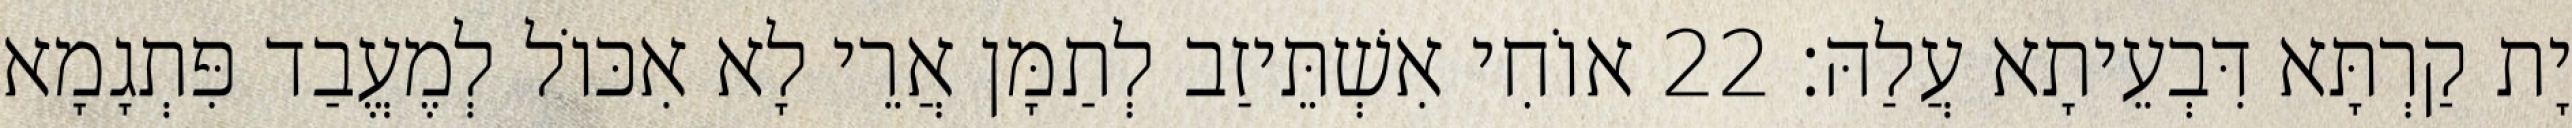
יָת קַרְתָּא דִּבְעֵיתָא עֲלַהּ׃ 22 אוֹחִי אִשְׁתֵּיזַב לְתַמָּן אֲרֵי לָא אִכּוֹל לְמֶעֱבַד פִּתְגָמָא